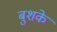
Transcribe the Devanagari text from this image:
बुशके